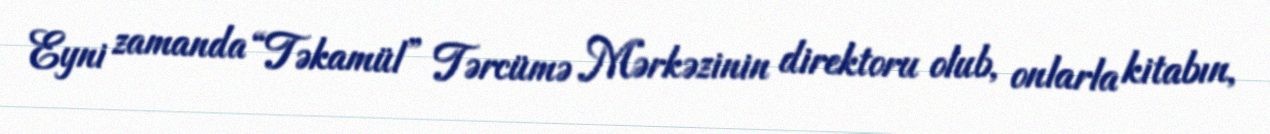
Eyni zamanda “Təkamül” Tərcümə Mərkəzinin direktoru olub, onlarla kitabın,